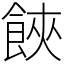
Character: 𩛩